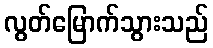
လွတ်မြောက်သွားသည်